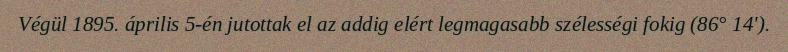
Végül 1895. április 5-én jutottak el az addig elért legmagasabb szélességi fokig (86° 14').